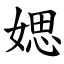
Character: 媤